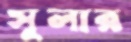
সুলার